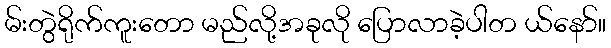
မ်းတွဲရိုက်ကူးတော မည်လို့အခုလို ပြောလာခဲ့ပါတ ယ်နော်။